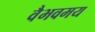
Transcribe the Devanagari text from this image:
वैभवमय